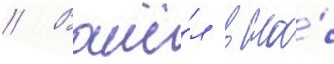
// Вошё́л в на́